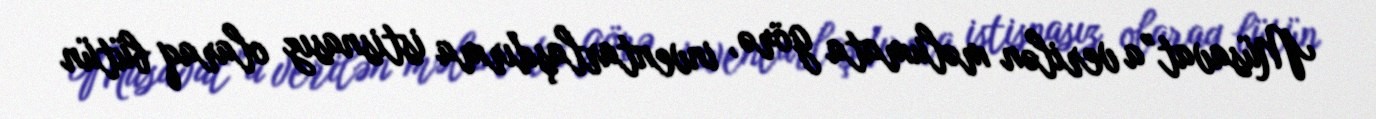
Müsavat”a verilən məlumata görə, inventarlaşdırma istisnasız olaraq bütün